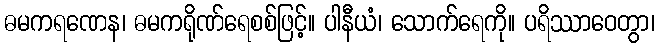
ဓမကရဏေန၊ ဓမကရိုဏ်ရေစစ်ဖြင့်။ ပါနီယံ၊ သောက်ရေကို။ ပရိဿာဝေတွာ၊